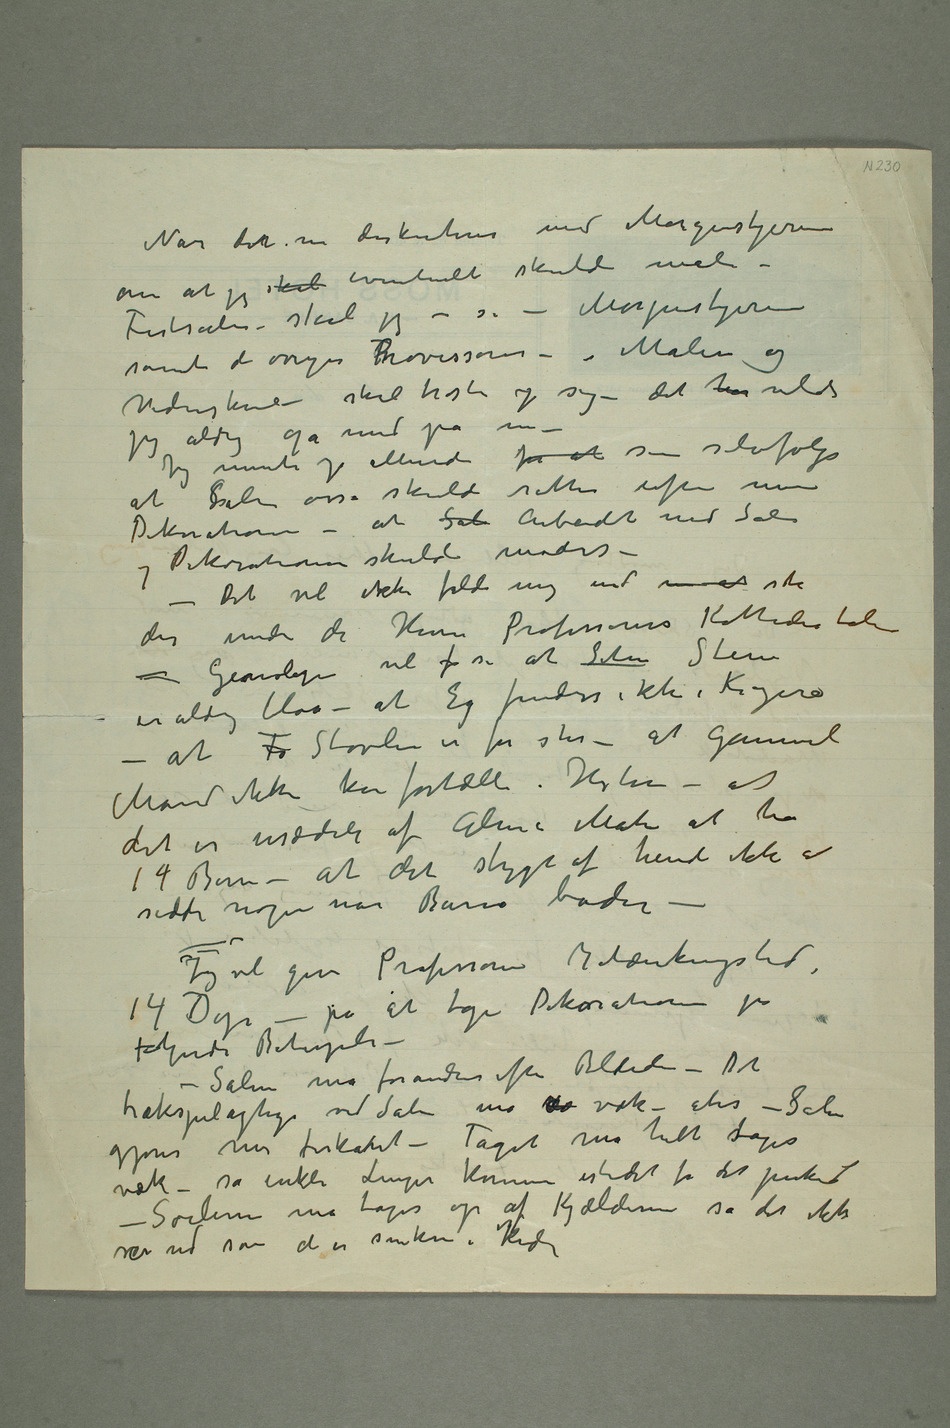
Når det nu diskuteres med Morgenstjerne
om at jeg skal eventuelt skulde male –
Festsalen – skal jeg – si – Morgenstjerne
samt de øvrige Provessorer –
jeg aldrig gå med på nu –
Jeg mente jo allerede for at som selvfølge
at Salen osså skulde rettes efter mine
Dekorationer – at Sal Arbeidet med Sal og
Dekorationer skulde mødes –
– Det vil ikke falde mig ind nu at stå
der under de Herrer Professorers Kathederstole
– Genologer vil f si at Silur Stene
er aldrig blaa – at Eg findes ikke i Kragerø
– at Fø Støvelen er for stor – at gammel
Mand ikke kan fortælle Historien – at
det er usædelig af Alma Mater at ha
14 Barn – at det er stygt af hende ikke at
sidde nøgen når Barna bader –
Jeg vil give Professoren Betænkningstid i
14 Dage – på
at tage Dekorationen på følgende Betingelse –
– Salen må forandres efter Billederne – Det
trækspilagtige ved Salen må v væk – eks – Salen
gjøres mer firkantet – Taget må helt stages
væk – så enkle Linjer kommer istedet for det prikede
– Søilene må tages op af Kjælderen så det ikke